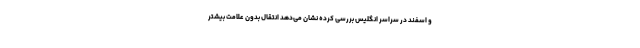
و اسفند در سراسر انگلیس بررسی کرده نشان می‌دهد انتقال بدون علامت بیشتر